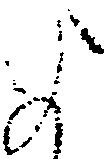
よ